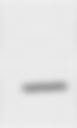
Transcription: –